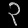
Digit: ၃